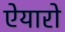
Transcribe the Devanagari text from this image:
ऐयारो